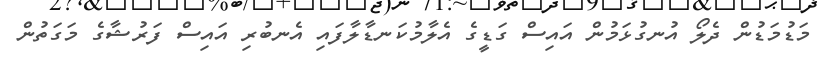
މަޑުމަޑުން ދެލޯ އުނގުޅަމުން އައިސް ގަޑީގެ އެލާމުކަނޑާލާފައި އެނބުރި އައިސް ފަރުޝާގެ މަގަތުން